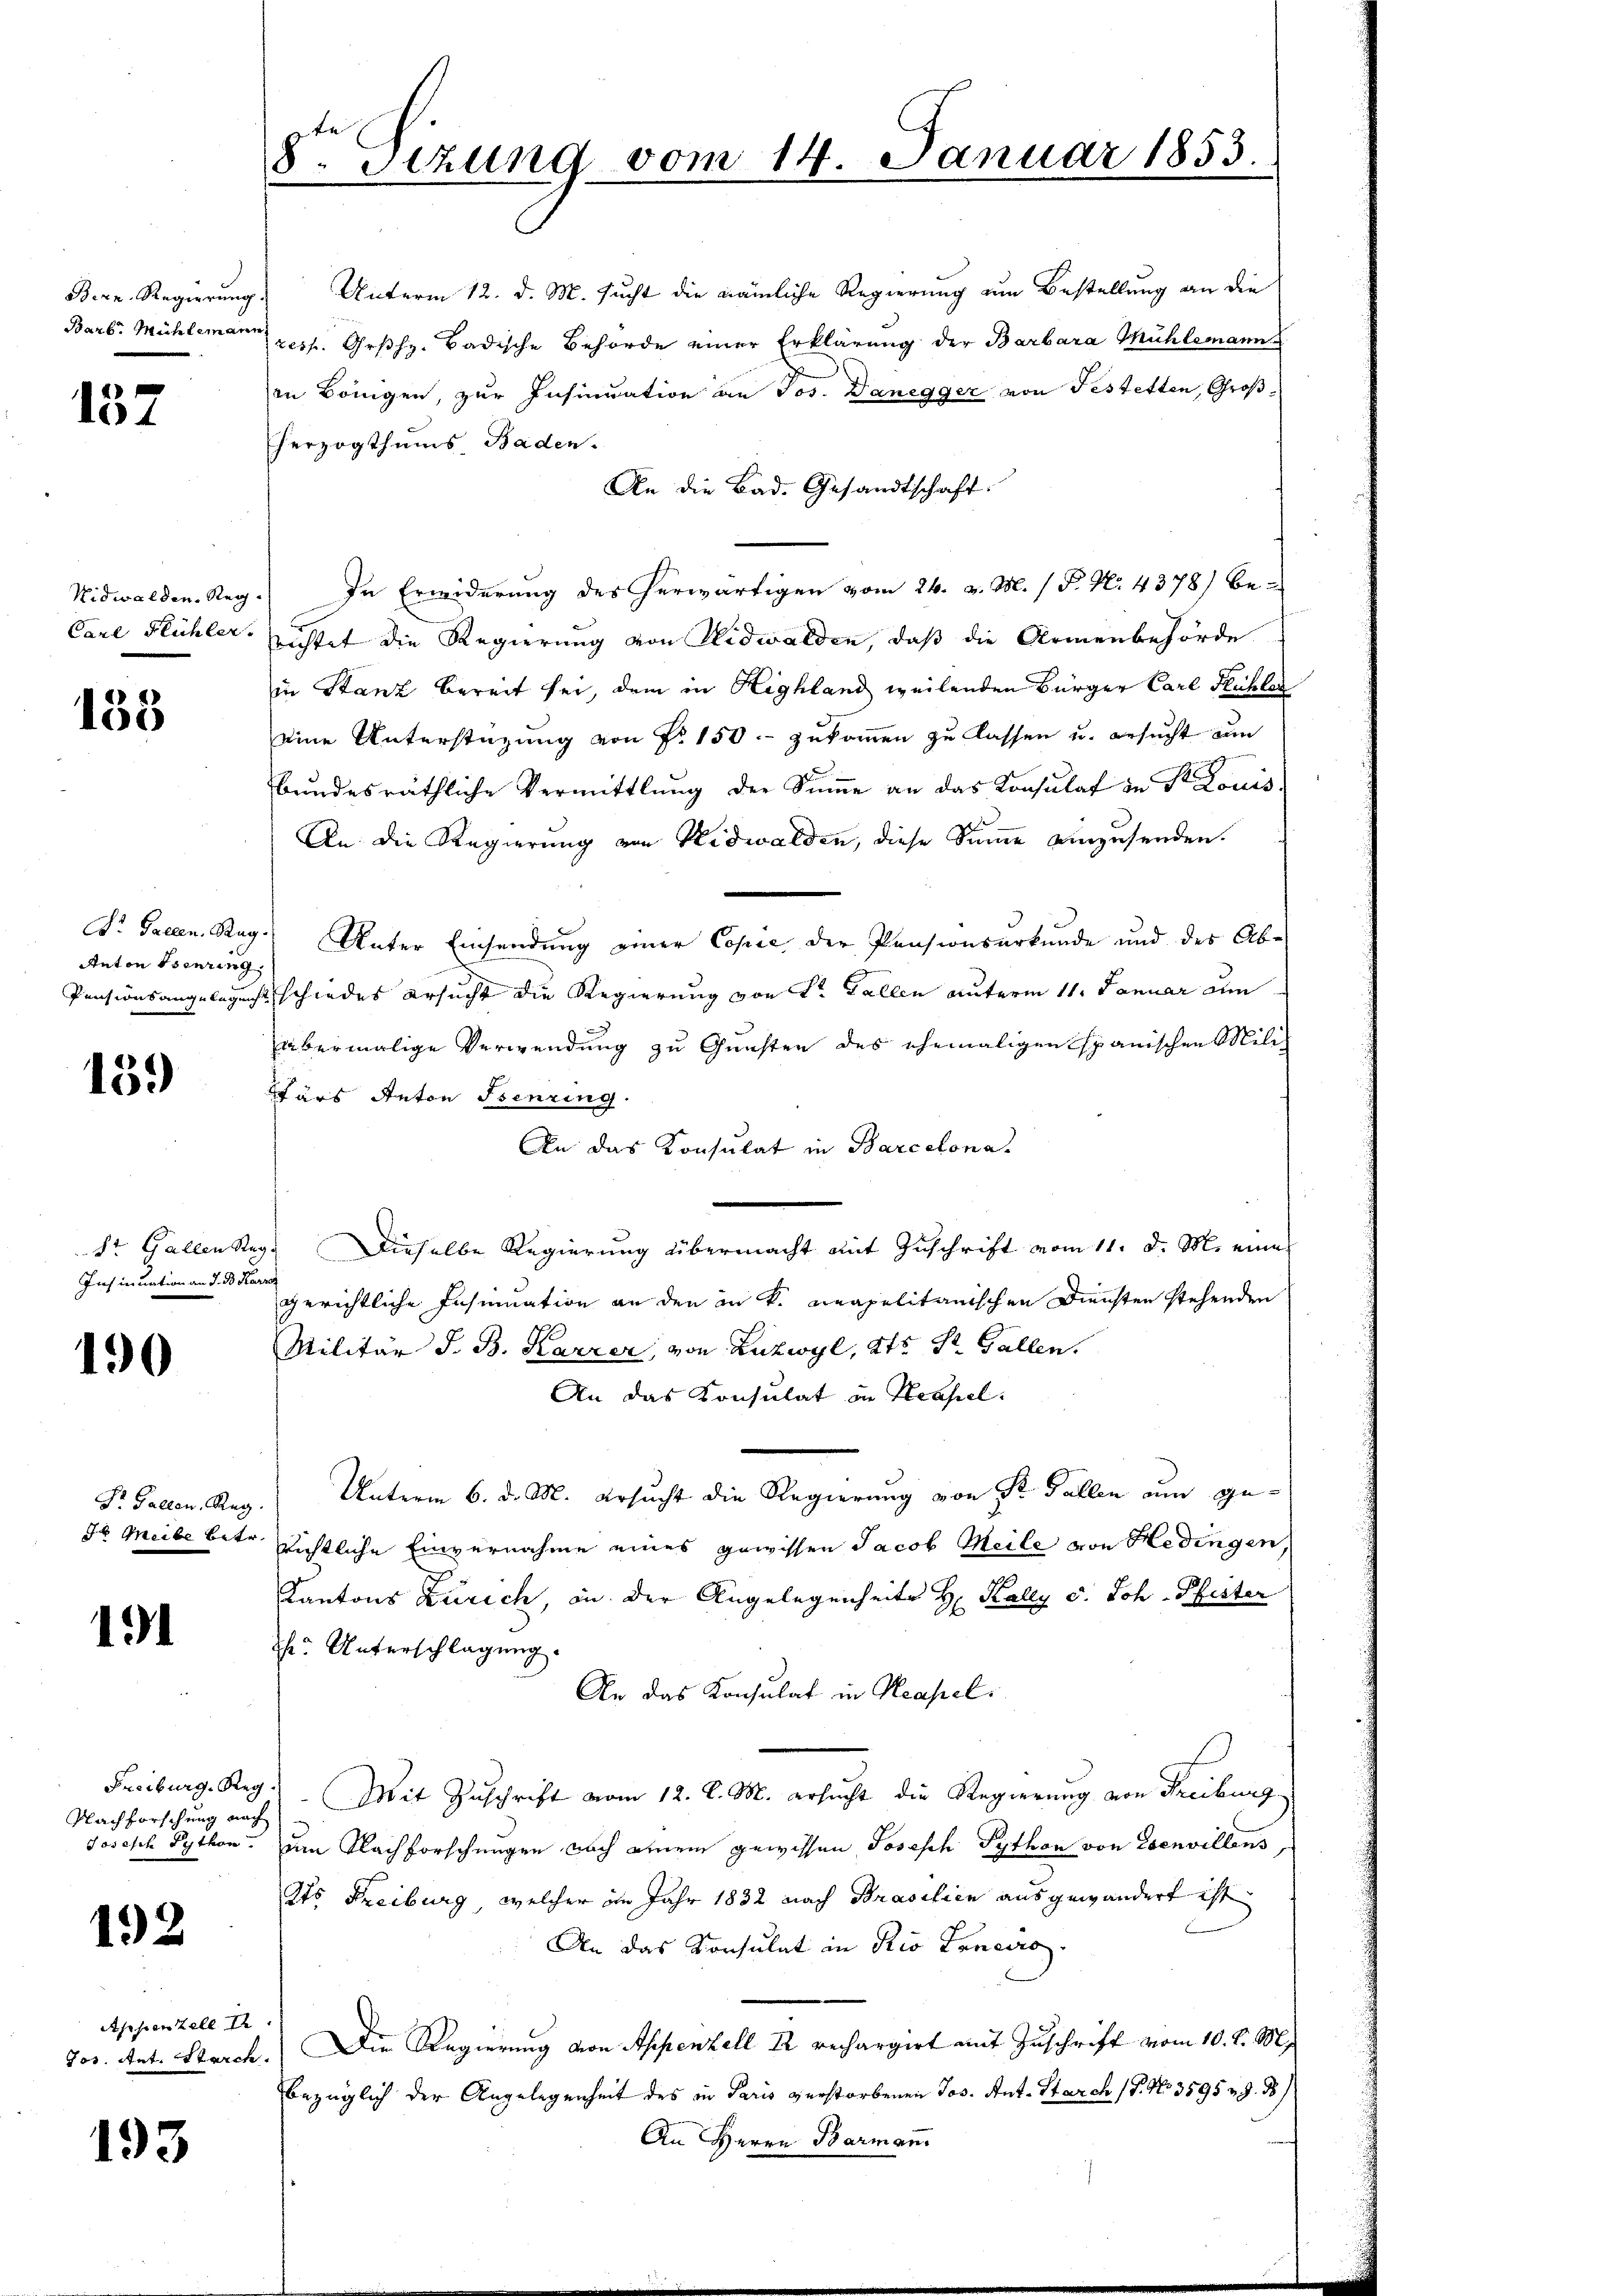
Bern. Regierung
Barb. Mühleman

137

Nidwalden, Reg
Carl Flühler.

153

Dr. Gallen. Rag.
Anton Isenring,
Pensionsangelegeng

15.)

St. Gallen Ste
Insinuation an d. d. Kar

190

Dr. Gallen, Reg
t Weibe betr.

191

Nachforschung nach
Jösisch Python

192

Asien Zell I
Jos. Ant. Starck.

193

8. Sitzung vom 14. Januar 1853.
.

Unterm 12. d. M. sucht die nämliche Regierung um Bestellung an die
resp. Grßh. Badische Behörde einer Erklärung der Barbara Mühlemann
in Bringen, zur Insinuation an Jos. Danegger von Festetten, Großherzogthums Baden.
An die Bad. Gesandtschaft.
In Erwiderung des herwärtigen vom 24. v. M. / P. Nr. 4378) be-
richtet die Regierung von Nidwalden, daß die Armenbehörde
in Stanz bereit sei, dem in Highland weilenden Bürger Carl Mühler
eine Unterstüzung von Fr. 150.- zukommen zu lassen u. ersucht um
bundesräthliche Vermittlung der Summe an das Konsulat in St. Louis
An: die Regierung von Nidwalden, diese Summe einzusenden.
Unter Einsendung einer Copie der Pensionsurkunde und des Ab-
schiedes ersucht die Regierung von St. Gallen unterm 11. Januar am
abermalige Verwendung zu Gunsten des ehemaligen Spanischen Miliz
Wars Anton Benzing.
An das Konsulat in Barcelona.
 Dieselbe Regierung übermacht mit Zuschrift vom 11. d. M. eines
gerichtliche Insinuation an den in k. neapolitanischen Diensten stehenden
Militär J. B. Karzer, von Luzwyl, Kts. St. Gallen.
An das Konsulat in Neapel.
Unterm 6. d. M. ersucht die Regierung von P. Gallen nun gerichtliche Einvernahme eines gewissen Jacob Meile von Hedingen,
Kantons Zürich, an der Angelegenheite Hr. Kally v. Joh. Pfister
he. Unterschlagung.
An das Konsulat in Neapel
Freiburg. Reg. Mit Zŭschrift vom 12. l. M. ersŭcht die Regierung von Freiburg
am Nachforschungen nach einem gewissen Joseph Python von Esenvillens,
Ats Freiburg, welcher im Jahr 1832 nach Brasilien ausgewandert ist
An das Konsulat in Rio Erneuro
Die Regierung von Appenzell Er rechargirt mit Zuschrift vom 10. d. M.
bezüglich der Angelegenheit des in Paris verstorbenen Jos. Ant. Starch /7. No 3595 n 3. 38
An Herrn Barmann.